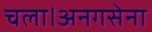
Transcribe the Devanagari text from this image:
चला।अनगसेना